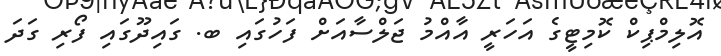
އޮލިމްޕިކް ކޮމިޓީގެ އަހަރީ އާއްމު ޖަލްސާއަށް ފަހުގައި ބ. ގައިދޫގައި ފޯރި ގަދަ